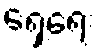
ရှေ့ရေး